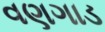
વણગાડ